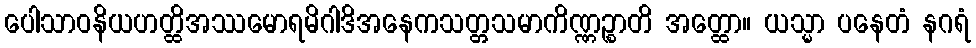
ပေါသာဝနိယဟတ္ထိအဿမောရမိဂါဒိအနေကသတ္တသမာကိဏ္ဏဉ္စာတိ အတ္ထော။ ယသ္မာ ပနေတံ နဂရံ